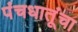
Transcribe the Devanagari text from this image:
पंचधातूंचा